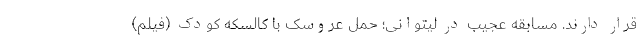
قرار دارند. مسابقه عجیب در لیتوانی؛ حمل عروسک با کالسکه کودک (فیلم)